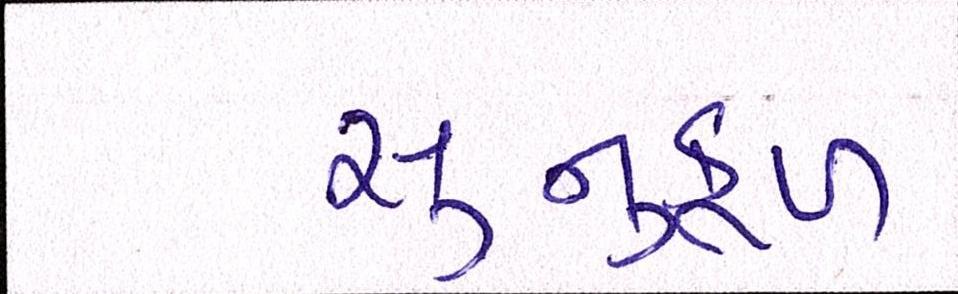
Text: સાનુકૂળ